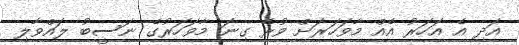
އަދި އެ އަހަރު އެއް މާވަހަރަށް ވުރެ ގިނަ މާވަހަރުގެ ނަސީބު ލައްވާލި